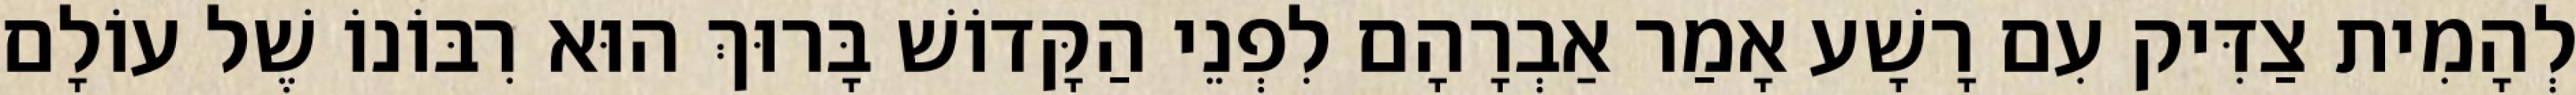
לְהָמִית צַדִּיק עִם רָשָׁע אָמַר אַבְרָהָם לִפְנֵי הַקָּדוֹשׁ בָּרוּךְ הוּא רִבּוֹנוֹ שֶׁל עוֹלָם